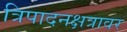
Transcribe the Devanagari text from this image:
त्रिपादनक्षत्रावर